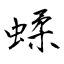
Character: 蝚